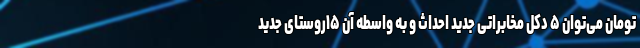
تومان می‌توان ۵ دکل مخابراتی جدید احداث و به واسطه آن ۱۵روستای جدید